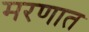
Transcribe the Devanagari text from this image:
मरणात